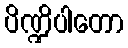
ပိဏ္ဍိပါတော